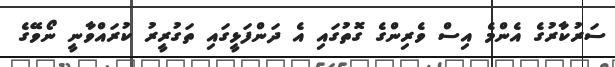
ސަރުކާރުގެ އެންމެ އިސް ވެރިންގެ ގޮތުގައި އެ ދަންފަޅީގައި ތަގުރީރު ކުރައްވާނީ ނޯވޭގެ